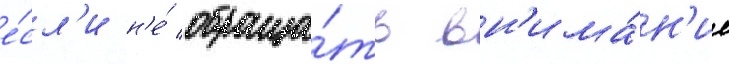
е́сл'и н'е́ обраща́ть вн'има́н'ие